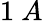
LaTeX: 1\ A